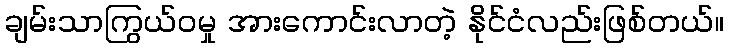
ချမ်းသာကြွယ်ဝမှု အားကောင်းလာတဲ့ နိုင်ငံလည်းဖြစ်တယ်။